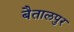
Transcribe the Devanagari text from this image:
बैतालपुर